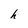
Character: h